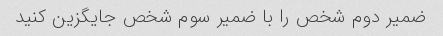
ضمیر دوم شخص را با ضمیر سوم شخص جایگزین کنید